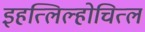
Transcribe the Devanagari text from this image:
इहत्लिल्होचित्ल